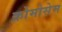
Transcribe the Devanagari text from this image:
क्रोमोसेम